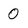
Character: 0